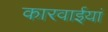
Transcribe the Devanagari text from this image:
कारवाईयां